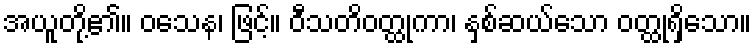
အယူတို့၏။ ဝသေန၊ ဖြင့်။ ဝီသတိဝတ္ထုကာ၊ နှစ်ဆယ်သော ဝတ္ထုရှိသော။